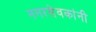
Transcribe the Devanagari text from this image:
नगरसेवकांनी